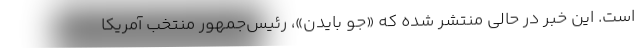
است. این خبر در حالی منتشر شده که «جو بایدن»، رئیس‌جمهور منتخب آمریکا